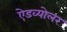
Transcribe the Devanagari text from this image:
ऐडव्योलर